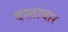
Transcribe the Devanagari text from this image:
दस्तावार